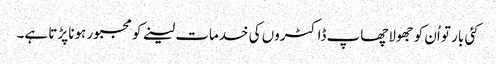
کئی بار تو اُن کو جھولاچھاپ ڈاکٹروں کی خدمات لینے کو مجبور ہونا پڑتا ہے۔